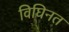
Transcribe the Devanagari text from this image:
विघिनत